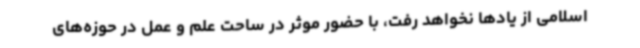
اسلامی از یادها نخواهد رفت، با حضور موثر در ساحت علم و عمل در حوزه‌های